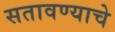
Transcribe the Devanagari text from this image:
सतावण्याचे